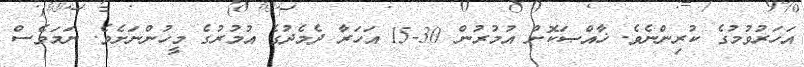
އަހަރުވުމުގެ ކުރިންނެވެ. ޚާއްޞަކޮށް އުމުރުން 30-15 އަހަރާ ދެމެދުގެ އުމުރުގެ މީހުންނަށެވެ. ނަމަވެސް